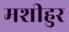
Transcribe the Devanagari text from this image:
मशीहुर